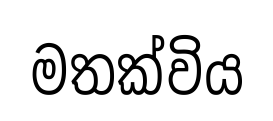
මතක්විය